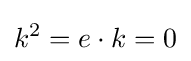
k^{2}=e\cdot k=0